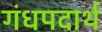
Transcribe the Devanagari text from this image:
गंधपदार्थ